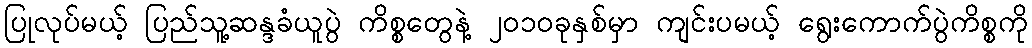
ပြုလုပ်မယ့် ပြည်သူ့ဆန္ဒခံယူပွဲ ကိစ္စတွေနဲ့ ၂၀၁၀ခုနှစ်မှာ ကျင်းပမယ့် ရွေးကောက်ပွဲကိစ္စကို